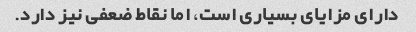
دارای مزایای بسیاری است، اما نقاط ضعفی نیز دارد.